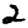
Digit: 2